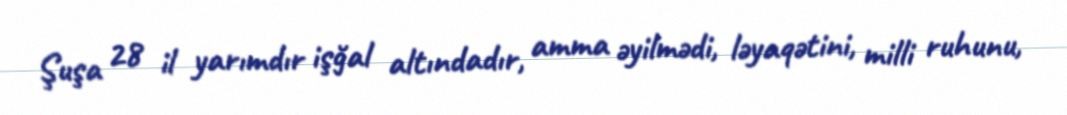
Şuşa 28 il yarımdır işğal altındadır, amma əyilmədi, ləyaqətini, milli ruhunu,